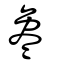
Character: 毚